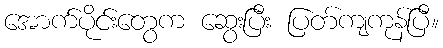
အောက်ပိုင်းတွေက ဆွေးပြီး ပြတ်ကျကုန်ပြီ။